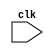
module sequential_logic_block (
    input wire clk,
    // other input and output ports
);

reg [7:0] data_reg;

always @ (posedge clk) begin
    // sequential logic implementation
end

endmodule